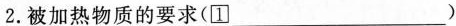
2.被加热物质的要求(\square{1}___)